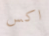
اكس